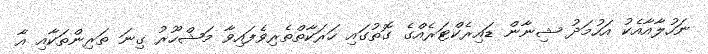
ނަހުލާއާއެކު އަހުމަދު ޝިނާން ޑައިރެކްޓަރެއްގެ ގޮތުގައި ހަރަކާތްތެރިވެފައިވާ މަޝްހޫރު ގިނަ ތަރިންތަކާއި އާ